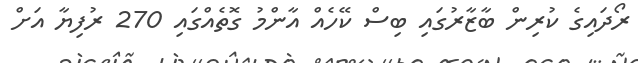
ރޯދައިގެ ކުރިން ބާޒާރުގައި ބިސް ކޭހެއް އާންމު ގޮތެއްގައި 270 ރުފިޔާ އަށް